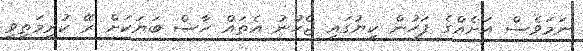
ނަމަވެސް އަށެއްގެ ފަހުން ކިޔުގައި ޖެހުނު އެތައް ހާސް ބަޔަކަށް ރޭ ކުރިމަތިވީ